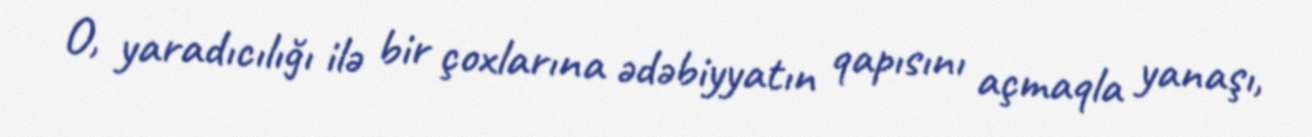
O, yaradıcılığı ilə bir çoxlarına ədəbiyyatın qapısını açmaqla yanaşı,